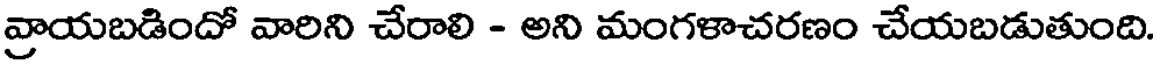
వ్రాయబడిందో వారిని చేరాలి - అని మంగళాచరణం చేయబడుతుంది.